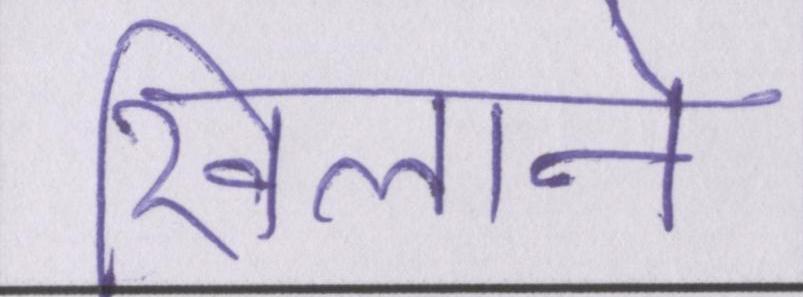
खिलाने